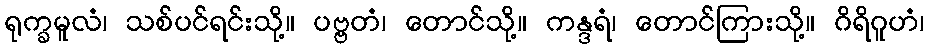
ရုက္ခမူလံ၊ သစ်ပင်ရင်းသို့။ ပဗ္ဗတံ၊ တောင်သို့။ ကန္ဒရံ၊ တောင်ကြားသို့။ ဂိရိဂူဟံ၊